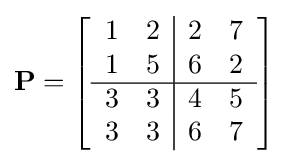
\mathbf {P} =\left[{\begin{array}{cc|cc}1&2&2&7\\1&5&6&2\\\hline 3&3&4&5\\3&3&6&7\end{array}}\right]